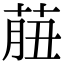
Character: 𦱙